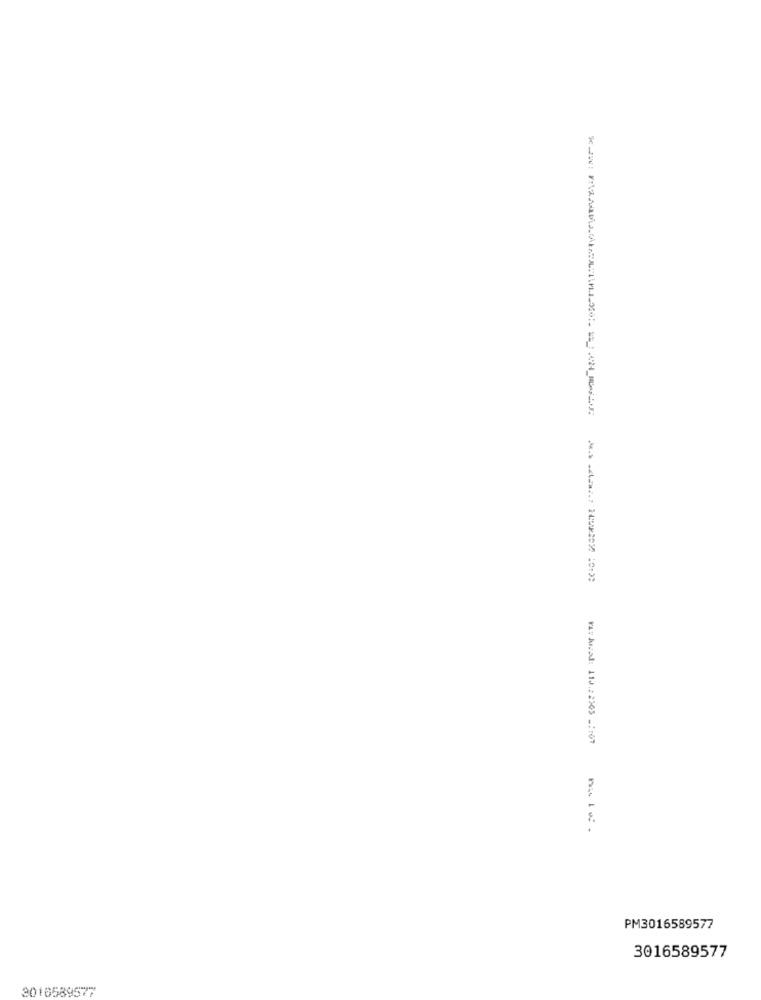
Far Aszad: 11J .: 2205 _: : 07
PM3016589577
3016589577
3016589577